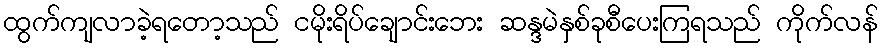
ထွက်ကျလာခဲ့ရတော့သည် ငမိုးရိပ်ချောင်းဘေး ဆန္ဒမဲနှစ်ခုစီပေးကြရသည် ကိုက်လန်